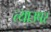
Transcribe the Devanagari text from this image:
त्याउपर